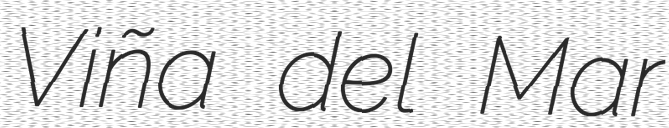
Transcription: Viña del Mar